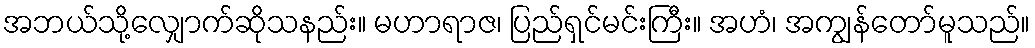
အဘယ်သို့လျှောက်ဆိုသနည်း။ မဟာရာဇ၊ ပြည်ရှင်မင်းကြီး။ အဟံ၊ အကျွန်တော်မူသည်။